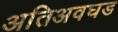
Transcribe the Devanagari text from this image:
अतिअवघड